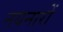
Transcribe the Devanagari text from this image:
नयनारों